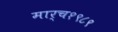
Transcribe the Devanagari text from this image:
मार्च१९८९